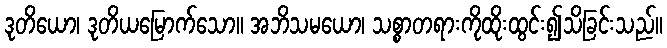
ဒုတိယော၊ ဒုတိယမြောက်သော။ အဘိသမယော၊ သစ္စာတရားကိုထိုးထွင်း၍သိခြင်းသည်။